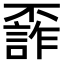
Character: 𠁙